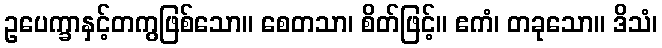
ဥပေက္ခာနှင့်တကွဖြစ်သော။ စေတသာ၊ စိတ်ဖြင့်။ ဧကံ၊ တခုသော။ ဒိသံ၊